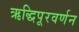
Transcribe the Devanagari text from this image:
ऋद्धिपूरवर्णन